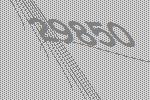
29850